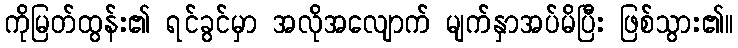
ကိုမြတ်ထွန်း၏ ရင်ခွင်မှာ အလိုအလျောက် မျက်နှာအပ်မိပြီး ဖြစ်သွား၏။